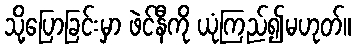
သို့ပြောခြင်းမှာ ဖဲင်နီကို ယုံကြည်၍မဟုတ်။